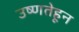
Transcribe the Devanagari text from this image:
उष्णतेहून